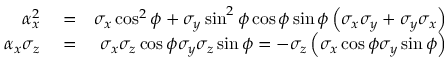
\begin{array} { r l r } { \alpha _ { x } ^ { 2 } } & { { } = } & { \sigma _ { x } \cos ^ { 2 } \phi + \sigma _ { y } \sin ^ { 2 } \phi \cos \phi \sin \phi \left( \sigma _ { x } \sigma _ { y } + \sigma _ { y } \sigma _ { x } \right) } \\ { \alpha _ { x } \sigma _ { z } } & { { } = } & { \sigma _ { x } \sigma _ { z } \cos \phi \sigma _ { y } \sigma _ { z } \sin \phi = - \sigma _ { z } \left( \sigma _ { x } \cos \phi \sigma _ { y } \sin \phi \right) } \end{array}